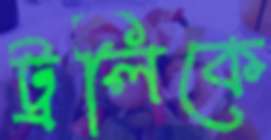
ট্রলিকে